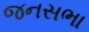
જનસભા